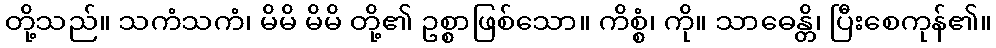
တို့သည်။ သကံသကံ၊ မိမိ မိမိ တို့၏ ဥစ္စာဖြစ်သော။ ကိစ္စံ၊ ကို။ သာဓေန္တိ၊ ပြီးစေကုန်၏။